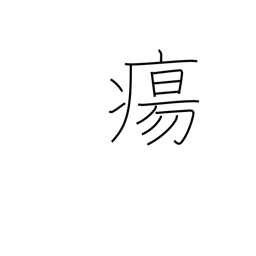
Meaning: swelling